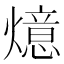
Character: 燱